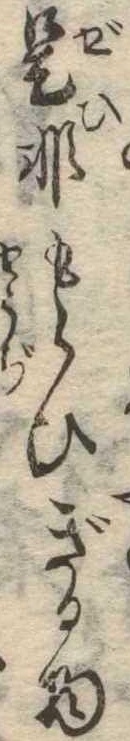
是非もらひぎる物